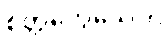
စိတ္တက္လေသေဟိ